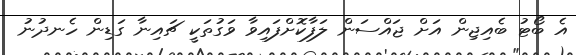
އެ ބޯޓު ބެެއިޖިން އަށް ޖައްސަން ލަފާކޮށްފައިވާ ވަގުތަކީ ޗައިނާ ގަޑިން ހެނދުނު